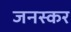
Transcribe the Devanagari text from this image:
जनस्‍कर